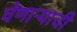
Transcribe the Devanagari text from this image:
घेणाऱ्याची